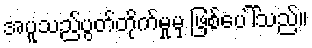
အပူသည်ပွတ်တိုက်မှုမှ ဖြစ်ပေါ်သည်။